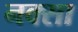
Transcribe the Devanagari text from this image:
नक्सा